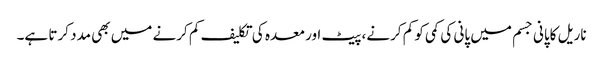
ناریل کاپانی جسم میں پانی کی کمی کو کم کرنے، پیٹ اور معدہ کی تکلیف کم کرنے میں بھی مدد کرتا ہے۔